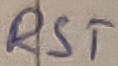
Text: RST